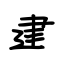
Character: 建